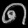
Digit: ၈